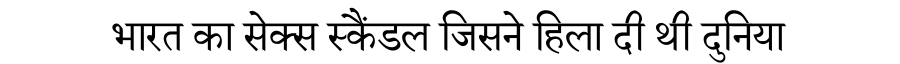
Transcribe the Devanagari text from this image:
भारत का सेक्स स्कैंडल जिसने हिला दी थी दुनिया